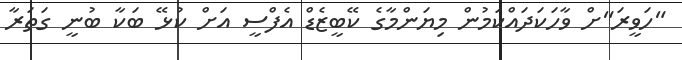
"ހަވީރަ"ށް ވާހަކަދައްކަމުން މިޔަންމާގެ ކޭބީޒެޑް އެފްސީ އަށް ކުޅޭ ބަކާ ބުނީ ގަތަރާ